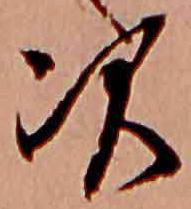
次